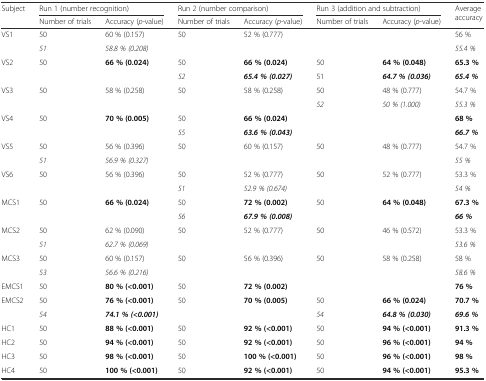
<table><thead><tr><td rowspan="2"><b>Subject</b></td><td colspan="2"><b>Run 1 (number recognition)</b></td><td colspan="2"><b>Run 2 (number comparison)</b></td><td colspan="2"><b>Run 3 (addition and subtraction)</b></td><td rowspan="2"><b>Average accuracy</b></td></tr><tr><td><b>Number of trials</b></td><td><b>Accuracy (<i>p</i>-value)</b></td><td><b>Number of trials</b></td><td><b>Accuracy (<i>p</i>-value)</b></td><td><b>Number of trials</b></td><td><b>Accuracy (<i>p</i>-value)</b></td></tr></thead><tbody><tr><td rowspan="2">VS1</td><td>50</td><td>60 % (0.157)</td><td>50</td><td>52 % (0.777)</td><td>[EMPTY_CELL]</td><td>[EMPTY_CELL]</td><td>56 %</td></tr><tr><td><i>51</i></td><td><i>58.8 % (0.208)</i></td><td>[EMPTY_CELL]</td><td>[EMPTY_CELL]</td><td>[EMPTY_CELL]</td><td>[EMPTY_CELL]</td><td><i>55.4 %</i></td></tr><tr><td rowspan="2">VS2</td><td>50</td><td><b>66 % (0.024)</b></td><td>50</td><td><b>66 % (0.024)</b></td><td>50</td><td><b>64 % (0.048)</b></td><td><b>65.3 %</b></td></tr><tr><td>[EMPTY_CELL]</td><td>[EMPTY_CELL]</td><td><i>52</i></td><td><b><i>65.4 % (0.027)</i></b></td><td>51</td><td><b><i>64.7 % (0.036)</i></b></td><td><b><i>65.4 %</i></b></td></tr><tr><td rowspan="2">VS3</td><td>50</td><td>58 % (0.258)</td><td>50</td><td>58 % (0.258)</td><td>50</td><td>48 % (0.777)</td><td>54.7 %</td></tr><tr><td>[EMPTY_CELL]</td><td>[EMPTY_CELL]</td><td>[EMPTY_CELL]</td><td>[EMPTY_CELL]</td><td><i>52</i></td><td><i>50 % (1.000)</i></td><td><i>55.3 %</i></td></tr><tr><td rowspan="2">VS4</td><td>50</td><td><b>70 % (0.005)</b></td><td>50</td><td><b>66 % (0.024)</b></td><td>[EMPTY_CELL]</td><td>[EMPTY_CELL]</td><td><b>68 %</b></td></tr><tr><td>[EMPTY_CELL]</td><td>[EMPTY_CELL]</td><td><i>55</i></td><td><b><i>63.6 % (0.043)</i></b></td><td>[EMPTY_CELL]</td><td>[EMPTY_CELL]</td><td><b><i>66.7 %</i></b></td></tr><tr><td rowspan="2">VS5</td><td>50</td><td>56 % (0.396)</td><td>50</td><td>60 % (0.157)</td><td>50</td><td>48 % (0.777)</td><td>54.7 %</td></tr><tr><td><i>51</i></td><td><i>56.9 % (0.327)</i></td><td>[EMPTY_CELL]</td><td>[EMPTY_CELL]</td><td>[EMPTY_CELL]</td><td>[EMPTY_CELL]</td><td><i>55 %</i></td></tr><tr><td rowspan="2">VS6</td><td>50</td><td>56 % (0.396)</td><td>50</td><td>52 % (0.777)</td><td>50</td><td>52 % (0.777)</td><td>53.3 %</td></tr><tr><td>[EMPTY_CELL]</td><td>[EMPTY_CELL]</td><td><i>51</i></td><td><i>52.9 % (0.674)</i></td><td>[EMPTY_CELL]</td><td>[EMPTY_CELL]</td><td><i>54 %</i></td></tr><tr><td rowspan="2">MCS1</td><td>50</td><td><b>66 % (0.024)</b></td><td>50</td><td><b>72 % (0.002)</b></td><td>50</td><td><b>64 % (0.048)</b></td><td><b>67.3 %</b></td></tr><tr><td>[EMPTY_CELL]</td><td>[EMPTY_CELL]</td><td><i>56</i></td><td><b><i>67.9 % (0.008)</i></b></td><td>[EMPTY_CELL]</td><td>[EMPTY_CELL]</td><td><b><i>66 %</i></b></td></tr><tr><td rowspan="2">MCS2</td><td>50</td><td>62 % (0.090)</td><td>50</td><td>52 % (0.777)</td><td>50</td><td>46 % (0.572)</td><td>53.3 %</td></tr><tr><td><i>51</i></td><td><i>62.7 % (0.069)</i></td><td>[EMPTY_CELL]</td><td>[EMPTY_CELL]</td><td>[EMPTY_CELL]</td><td>[EMPTY_CELL]</td><td><i>53.6 %</i></td></tr><tr><td rowspan="2">MCS3</td><td>50</td><td>60 % (0.157)</td><td>50</td><td>56 % (0.396)</td><td>50</td><td>58 % (0.258)</td><td>58 %</td></tr><tr><td><i>53</i></td><td><i>56.6 % (0.216)</i></td><td>[EMPTY_CELL]</td><td>[EMPTY_CELL]</td><td>[EMPTY_CELL]</td><td>[EMPTY_CELL]</td><td><i>58.6 %</i></td></tr><tr><td>EMCS1</td><td>50</td><td><b>80 % (&lt;0.001)</b></td><td>50</td><td><b>72 % (0.002)</b></td><td>[EMPTY_CELL]</td><td>[EMPTY_CELL]</td><td><b>76 %</b></td></tr><tr><td rowspan="2">EMCS2</td><td>50</td><td><b>76 % (&lt;0.001)</b></td><td>50</td><td><b>70 % (0.005)</b></td><td>50</td><td><b>66 % (0.024)</b></td><td><b>70.7 %</b></td></tr><tr><td><i>54</i></td><td><b><i>74.1 % (&lt;0.001)</i></b></td><td>[EMPTY_CELL]</td><td>[EMPTY_CELL]</td><td><i>54</i></td><td><b><i>64.8 % (0.030)</i></b></td><td><b><i>69.6 %</i></b></td></tr><tr><td>HC1</td><td>50</td><td><b>88 % (&lt;0.001)</b></td><td>50</td><td><b>92 % (&lt;0.001)</b></td><td>50</td><td><b>94 % (&lt;0.001)</b></td><td><b>91.3 %</b></td></tr><tr><td>HC2</td><td>50</td><td><b>94 % (&lt;0.001)</b></td><td>50</td><td><b>92 % (&lt;0.001)</b></td><td>50</td><td><b>96 % (&lt;0.001)</b></td><td><b>94 %</b></td></tr><tr><td>HC3</td><td>50</td><td><b>98 % (&lt;0.001)</b></td><td>50</td><td><b>100 % (&lt;0.001)</b></td><td>50</td><td><b>96 % (&lt;0.001)</b></td><td><b>98 %</b></td></tr><tr><td>HC4</td><td>50</td><td><b>100 % (&lt;0.001)</b></td><td>50</td><td><b>92 % (&lt;0.001)</b></td><td>50</td><td><b>94 % (&lt;0.001)</b></td><td><b>95.3 %</b></td></tr></tbody></table>